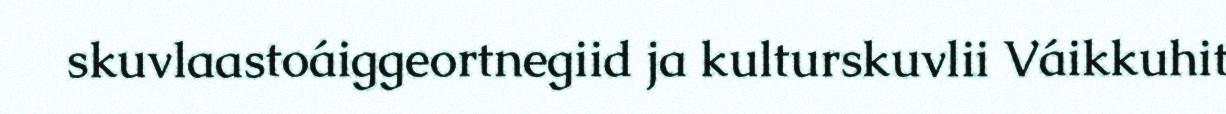
skuvlaastoáiggeortnegiid ja kulturskuvlii Váikkuhit